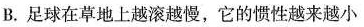
B.足球在草地上越滚越慢，它的惯性越来越小